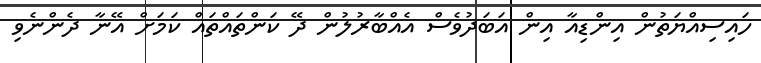
ހައިސިއްޔަތުން އިންޑިއާ އިން އަބަދުވެސް އެއްބާރުލުން ދޭ ކަންތައްތައް ކަމަށް އޭނާ ދެންނެވި